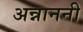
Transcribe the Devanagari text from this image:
अन्नाननी